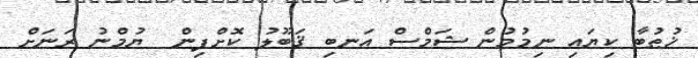
ޚުޠުބާ ކިޔައި ނިމުމުން ޝަމްސް އަނބި ޤަބޫލު ކޮށްފިން  ޔުމްނު ރަނަށް